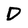
Character: D